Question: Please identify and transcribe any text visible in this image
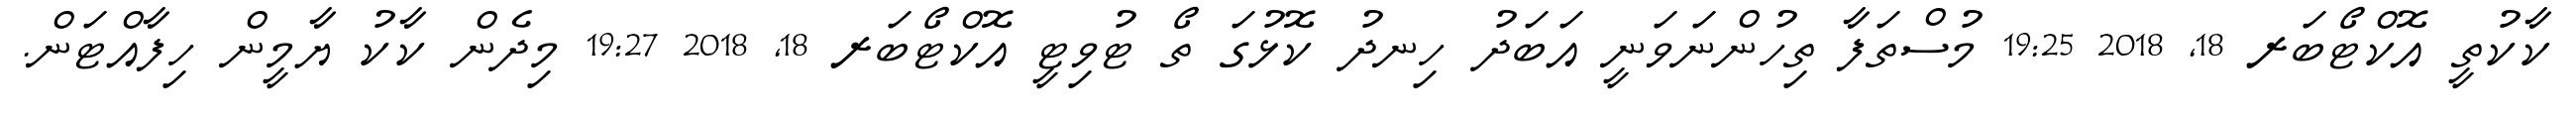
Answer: ކާކުތީ އޮކްޓޯބަރ 18, 2018 19:25 މުސްތަފާ ތިހުންނަވަނީ އަބަދު ހިނދު ކޮޅުގަ ތޯ ޓުވިޓީ އޮކްޓޯބަރ 18, 2018 19:27 މިދެން ކާކު ޔާމީން ހިފާއްޓަން.